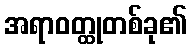
အရာဝတ္ထုတစ်ခု၏